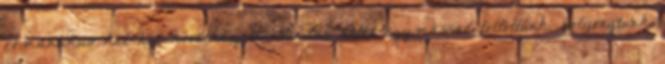
romantikus két hét következett. Minden estét egymással töltöttünk, bolyongtunk